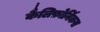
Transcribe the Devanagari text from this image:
कैलिफ़ोर्निकस